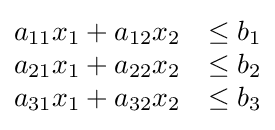
{\begin{matrix}a_{11}x_{1}+a_{12}x_{2}&\leq b_{1}\\a_{21}x_{1}+a_{22}x_{2}&\leq b_{2}\\a_{31}x_{1}+a_{32}x_{2}&\leq b_{3}\\\end{matrix}}